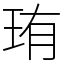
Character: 珛